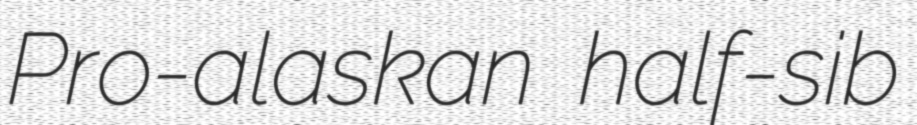
Pro-alaskan half-sib